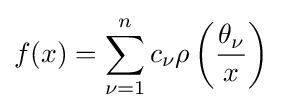
f(x)=\sum _{\nu =1}^{n}c_{\nu }\rho \left({\frac {\theta _{\nu }}{x}}\right)